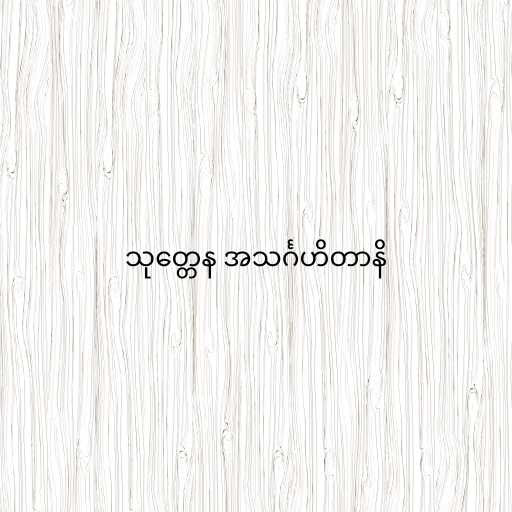
သုတ္တေန အသင်္ဂဟိတာနိ